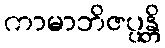
ကာမာဘိဇပ္ပန္တိ